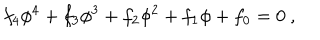
LaTeX: f _ { 4 } \phi ^ { 4 } + f _ { 3 } \phi ^ { 3 } + f _ { 2 } \phi ^ { 2 } + f _ { 1 } \phi + f _ { 0 } = 0 \ ,